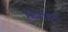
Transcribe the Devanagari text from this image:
फियोडस